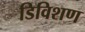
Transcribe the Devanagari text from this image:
डिविशण